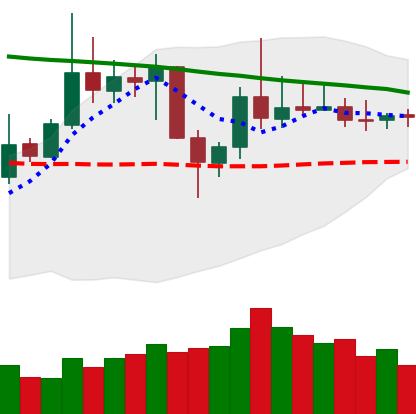
Ticker: DOGE-USD
Chart end date: 2019-11-02
Forward return: 3.73%
Label: up_3_5